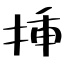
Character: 挿